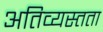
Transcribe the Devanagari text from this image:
अतिव्यस्तता